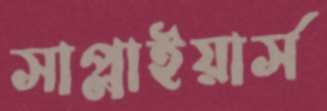
সাপ্লাইয়ার্স